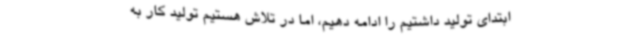
ابتدای تولید داشتیم را ادامه دهیم، اما در تلاش هستیم تولید کار به